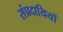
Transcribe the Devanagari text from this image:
संप्रदायियों